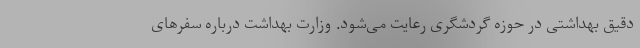
دقیق بهداشتی در حوزه گردشگری رعایت می‌شود. وزارت بهداشت درباره سفرهای